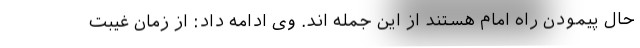
حال پیمودن راه امام هستند از این جمله اند. وی ادامه داد: از زمان غیبت